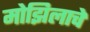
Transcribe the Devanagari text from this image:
मोझिलाचे